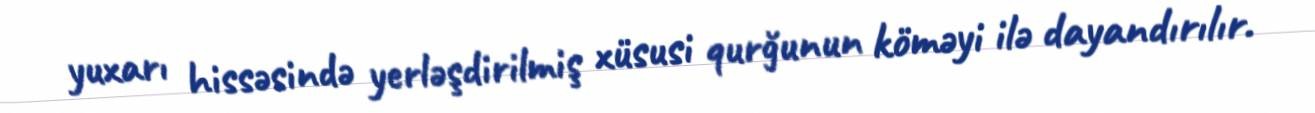
yuxarı hissəsində yerləşdirilmiş xüsusi qurğunun köməyi ilə dayandırılır.